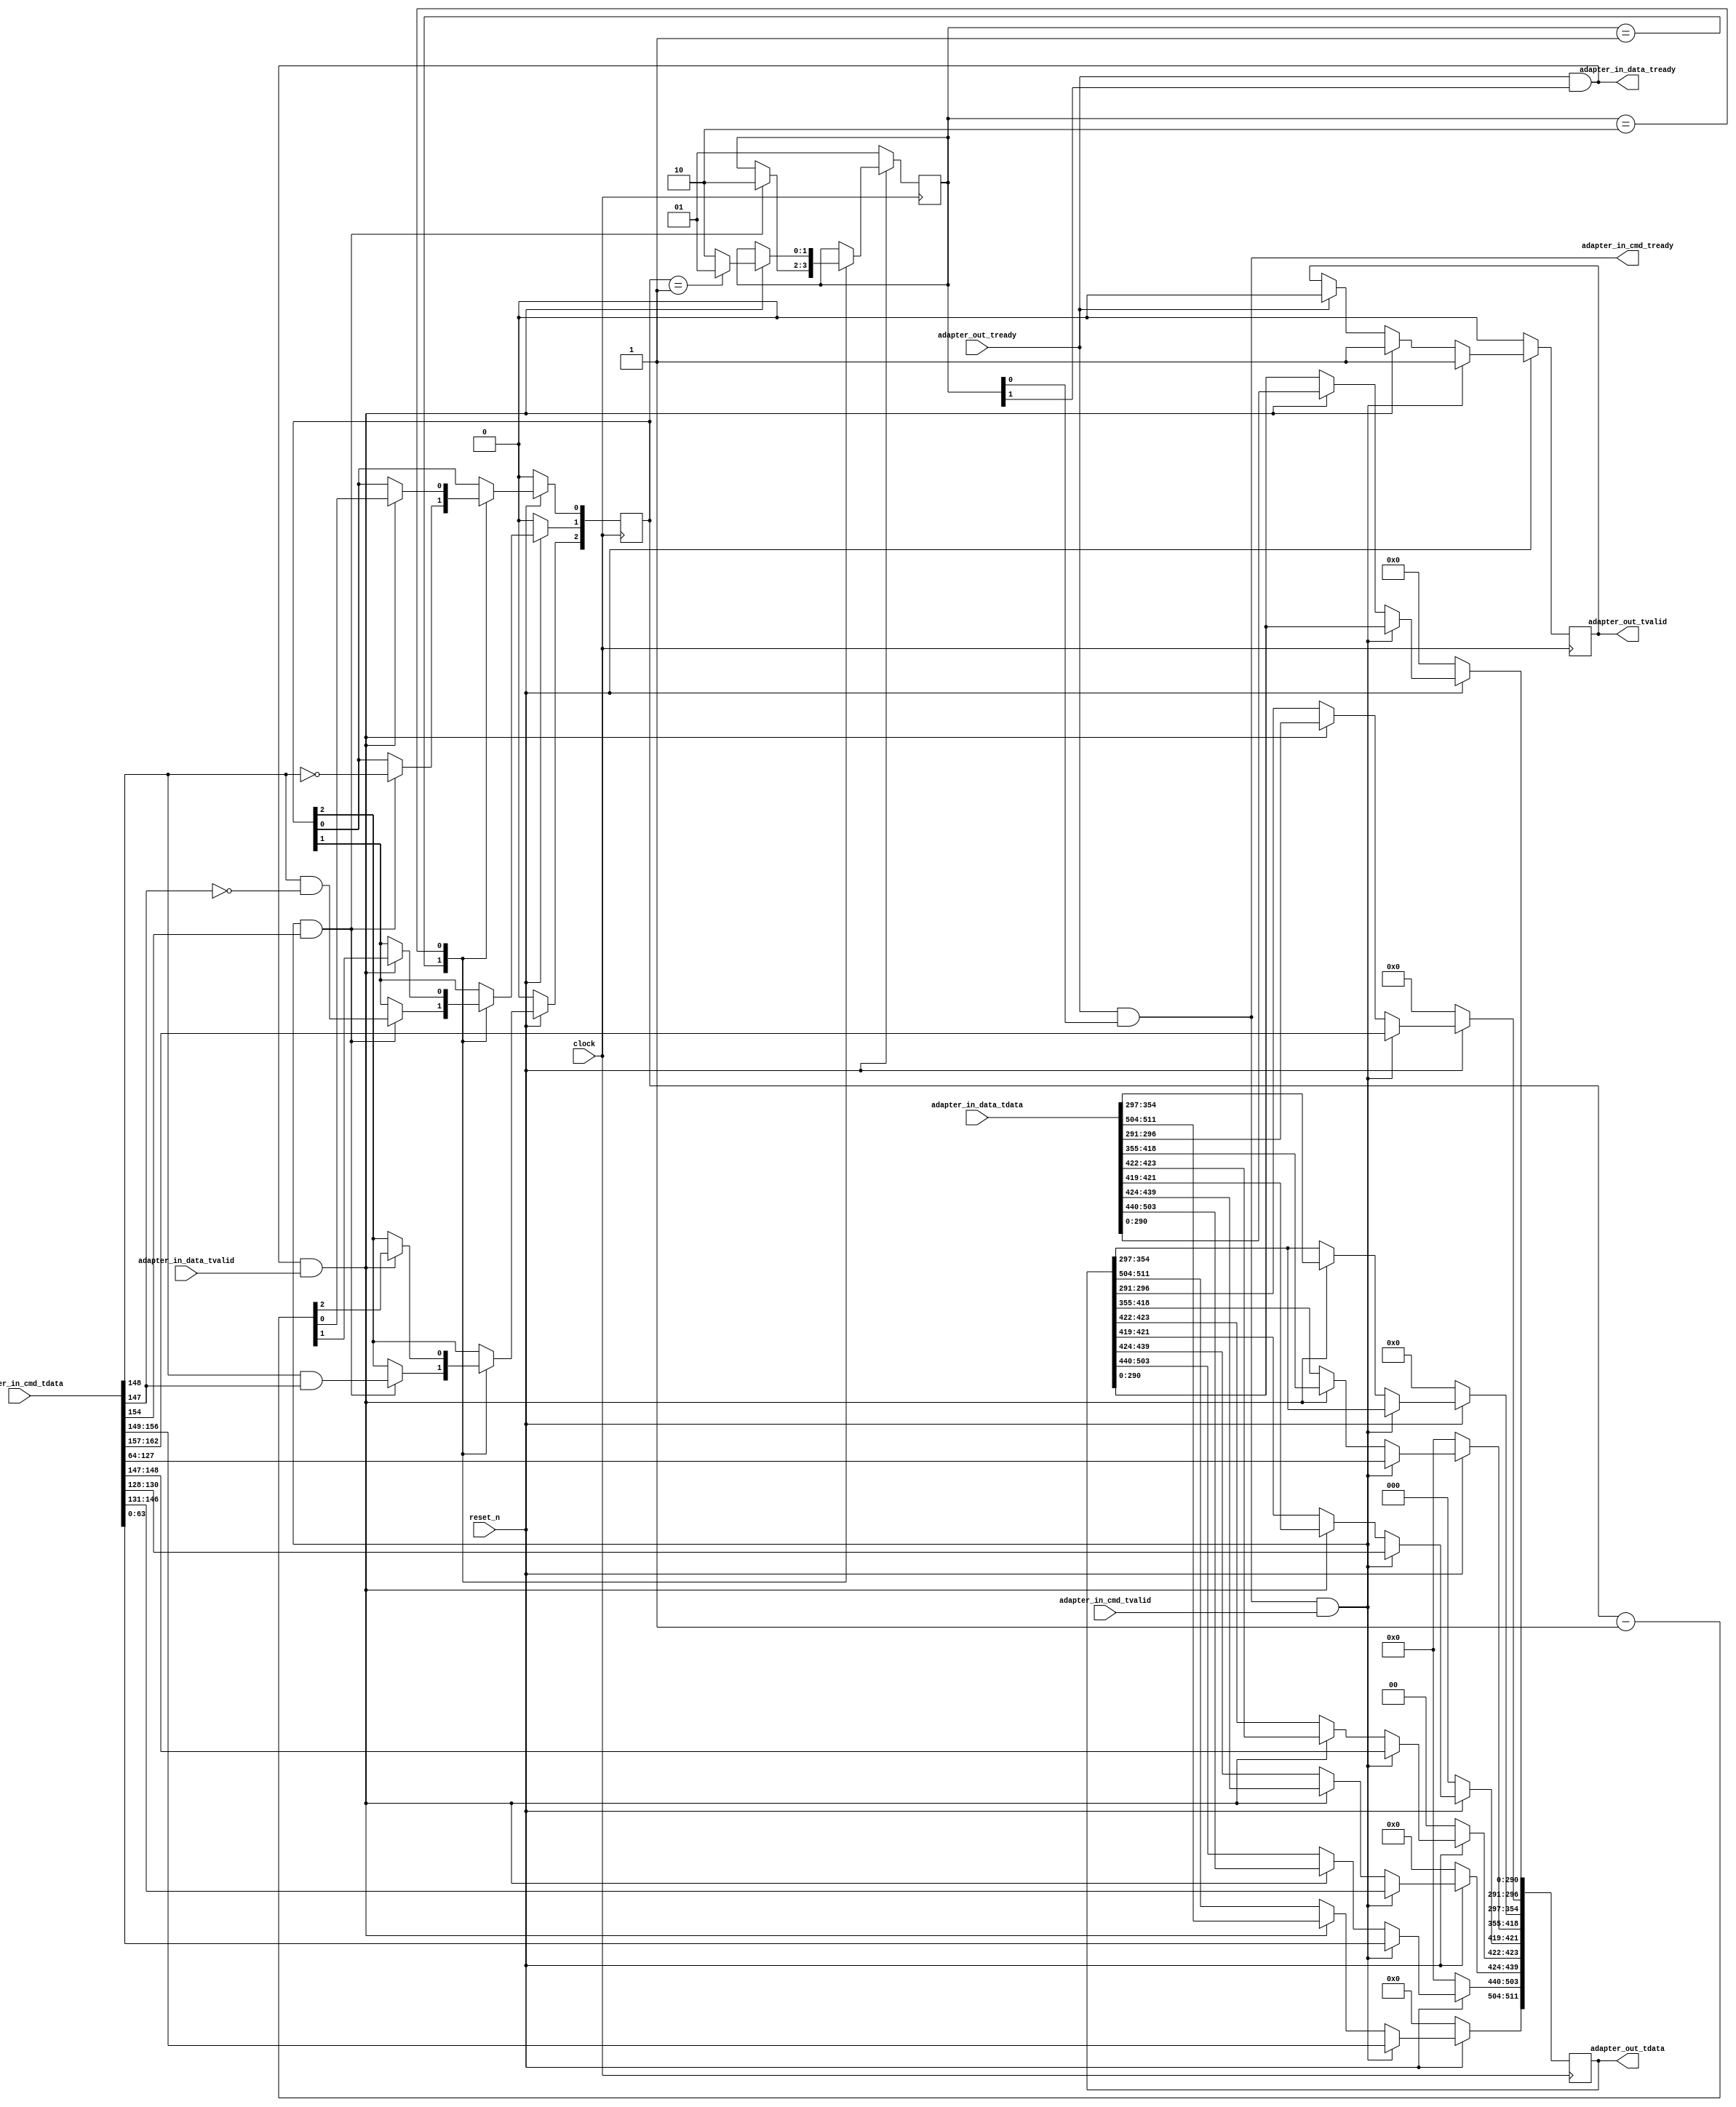
module thymesisflow_64B_compute_egress_adapter  (

    input               clock                   // Clock - samples & launches data on rising edge
  , input               reset_n                //  Active Low

  , input   [167:0]     adapter_in_cmd_tdata
  , input               adapter_in_cmd_tvalid
  , output              adapter_in_cmd_tready   

  // incoming data Interface with BDI
  , input   [519:0]     adapter_in_data_tdata
  , input               adapter_in_data_tvalid
  , output              adapter_in_data_tready

  // 64B AXI-STREAM 
  , output  [511:0]     adapter_out_tdata     
  , output              adapter_out_tvalid         
  , input               adapter_out_tready

);


//OCX_NET_CMD format           167:163 - AXI-S byte alignment ignored
`define OCX_NET_CMD_NETID      162:157
`define OCX_NET_CMD_OPCODE     156:149
`define OCX_NET_CMD_DL         148:147
`define OCX_NET_CMD_TAG        146:131
`define OCX_NET_CMD_PL         130:128
`define OCX_NET_CMD_BE         127:64
`define OCX_NET_CMD_EA          63:0


//OCX_FLIT_CMD format -- used for output
`define OCX_FLITO_NETID         296:291
`define OCX_FLITO_OPCODE        511:504
`define OCX_FLITO_DL            423:422
`define OCX_FLITO_ORIG_CAPPTAG  439:424
`define OCX_FLITO_PL            421:419
`define OCX_FLITO_BE            418:355
`define OCX_FLITO_EA            503:440


reg [511:0] output_q;
reg         output_q_vld;

assign adapter_out_tdata  = output_q;
assign adapter_out_tvalid = output_q_vld;

reg [1:0] ocapi_sm;
reg [2:0] dflit_size;

wire   is_writecmd;
assign is_writecmd = adapter_in_cmd_tdata[154];

wire  [1:0] cmd_dl;
assign cmd_dl = adapter_in_cmd_tdata[`OCX_NET_CMD_DL];

wire   is_cmd;
assign is_cmd = ocapi_sm[0];

wire   is_data;
assign is_data = ocapi_sm[1];

assign adapter_in_cmd_tready  = adapter_out_tready & is_cmd;
assign adapter_in_data_tready = adapter_out_tready & is_data;


parameter INPUT_CMD_RESP = 2'b01;
parameter INPUT_DATAFLIT = 2'b10;

//OpenCAPI protocol parsing
always @(posedge(clock))
begin
       if (reset_n == 1'b0)
    begin
      ocapi_sm                                     <= INPUT_CMD_RESP;
      dflit_size                                   <= 2'b00;
    end
   else
    case (ocapi_sm)
       INPUT_CMD_RESP:
            begin
              if ((adapter_in_cmd_tready == 1'b1) && (adapter_in_cmd_tvalid == 1'b1) && (is_writecmd == 1'b1))
                begin
                   dflit_size[2]                   <= cmd_dl[1]  &  cmd_dl[0];
                   dflit_size[1]                   <= cmd_dl[1]  & ~cmd_dl[0] ;
                   dflit_size[0]                   <= ~cmd_dl[1];
                   ocapi_sm                        <= INPUT_DATAFLIT;//next at input is cmd1
                end
            end
        INPUT_DATAFLIT:
            begin
              if ((adapter_in_data_tready == 1'b1) &&  (adapter_in_data_tvalid == 1'b1))
                begin
                   dflit_size                      <= dflit_size - 3'b001;
                   ocapi_sm                        <= (dflit_size == 3'b001)? INPUT_CMD_RESP : INPUT_DATAFLIT;  //next at input is  cmd0   
                end
            end
    endcase
end

//push data out
always @(posedge(clock))
begin
  if (reset_n == 1'b0)
    begin
      output_q     <= 512'b0;
      output_q_vld <=   1'b0;
    end
  else if ((adapter_in_cmd_tready == 1'b1)  && (adapter_in_cmd_tvalid == 1'b1))
    begin
       output_q[`OCX_FLITO_NETID]         <= adapter_in_cmd_tdata[`OCX_NET_CMD_NETID]; 
       output_q[`OCX_FLITO_OPCODE]        <= adapter_in_cmd_tdata[`OCX_NET_CMD_OPCODE]; 
       output_q[`OCX_FLITO_DL]            <= adapter_in_cmd_tdata[`OCX_NET_CMD_DL]; 
       output_q[`OCX_FLITO_ORIG_CAPPTAG]  <= adapter_in_cmd_tdata[`OCX_NET_CMD_TAG]; 
       output_q[`OCX_FLITO_PL]            <= adapter_in_cmd_tdata[`OCX_NET_CMD_PL]; 
       output_q[`OCX_FLITO_BE]            <= adapter_in_cmd_tdata[`OCX_NET_CMD_BE]; 
       output_q[`OCX_FLITO_EA]            <= adapter_in_cmd_tdata[`OCX_NET_CMD_EA]; 
       output_q_vld                       <= 1'b1;  
    end
  else if ((adapter_in_data_tready == 1'b1) &&  (adapter_in_data_tvalid == 1'b1))
    begin
       output_q                          <= adapter_in_data_tdata[511:0]; 
       output_q_vld                      <= 1'b1;
    end
  else if (adapter_out_tready == 1'b1)
       output_q_vld                      <= 1'b0;
end


endmodule